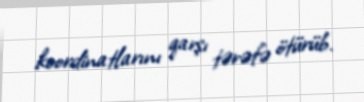
koordinatlarını qarşı tərəfə ötürüb.